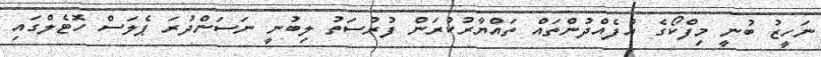
ނަހީޒު ބުނީ މިފްކޯގެ އުފެއްދުންތައް ތައްޔާރުކުރަން ފުރުސަތު ލިބުނީ ނަސަންދުރަ ޕެލަސް ހޮޓެލްގައި